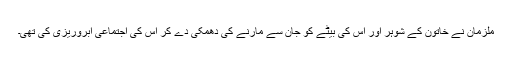
ملزمان نے خاتون کے شوہر اور اس کی بیٹے کو جان سے مارنے کی دھمکی دے کر اس کی اجتماعی آبروریزی کی تھی۔